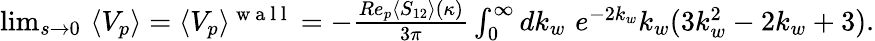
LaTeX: \begin{array}{r}{\operatorname*{lim}_{s\to 0}\, \, \langle V_{p}\rangle=\langle V_{p}\rangle^{\mathrm{~w~a~l~l~}}=-\frac{Re_{p}\langle S_{12}\rangle(\kappa)}{3\pi}\int_{0}^{\infty}dk_{w}\, \, e^{-2k_{w}}k_{w}(3k_{w}^{2}-2k_{w}+3).}\end{array}